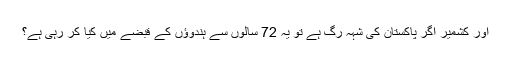
اور کشمیر اگر پاکستان کی شہہ رگ ہے تو یہ 72 سالوں سے ہندوؤں کے قبضے میں کیا کر رہی ہے؟